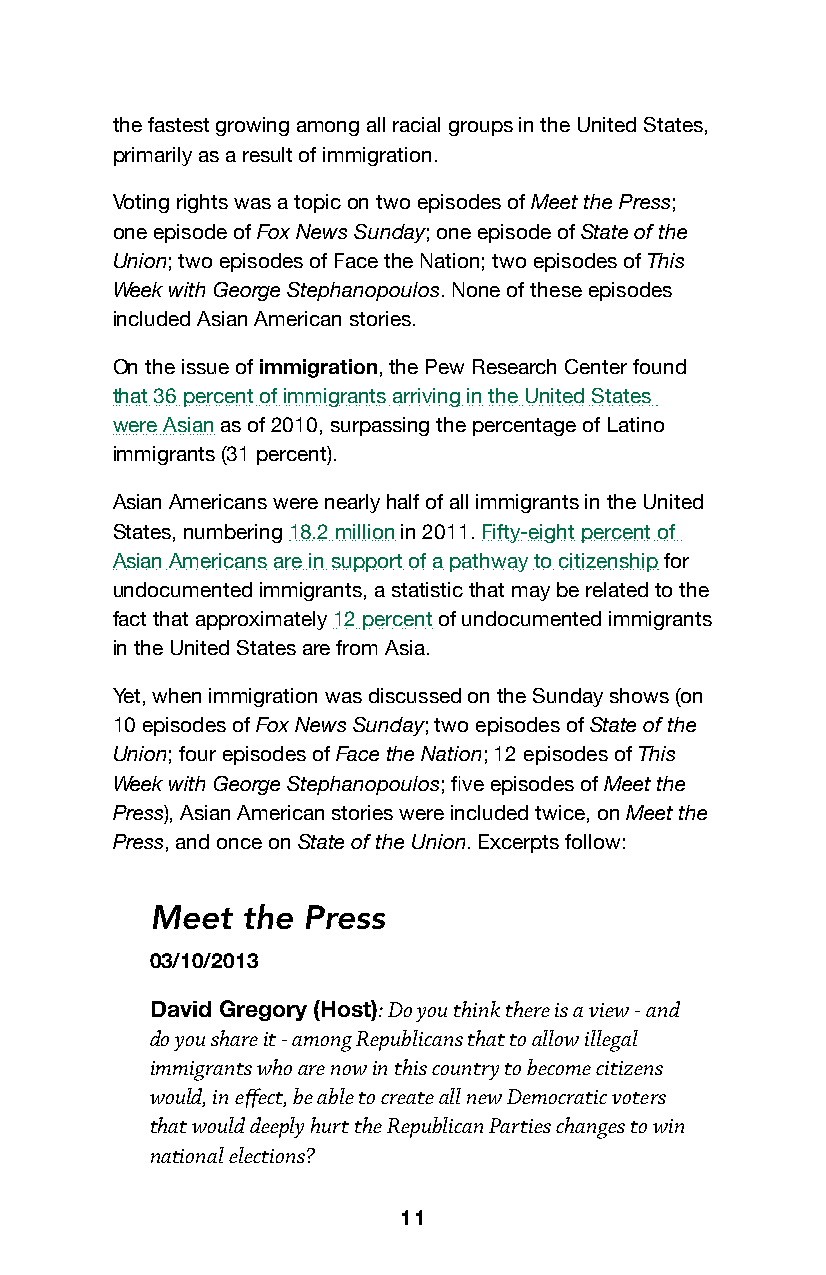
the fastest growing among all racial groups in the United States,
 primarily as a result of immigration.
 Voting rights was a topic on two episodes of Meet the Press;
 one episode of Fox News Sunday; one episode of State of the
 Union; two episodes of Face the Nation; two episodes of This
 Week with George Stephanopoulos. None of these episodes
 included Asian American stories.
 On the issue of immigration, the Pew Research Center found
 that 36 percent of immigrants arriving in the United States
 were Asian as of 2010, surpassing the percentage of Latino
 immigrants (31 percent).
 Asian Americans were nearly half of all immigrants in the United
 States, numbering 18.2 million in 2011. Fifty-eight percent of
 Asian Americans are in support of a pathway to citizenship for
 undocumented immigrants, a statistic that may be related to the
 fact that approximately 12 percent of undocumented immigrants
 in the United States are from Asia.
 Yet, when immigration was discussed on the Sunday shows (on
 10 episodes of Fox News Sunday; two episodes of State of the
 Union; four episodes of Face the Nation; 12 episodes of This
 Week with George Stephanopoulos; five episodes of Meet the
 Press), Asian American stories were included twice, on Meet the
 Press, and once on State of the Union. Excerpts follow:
 Meet  the Press
 03/10/2013
 David Gregory (Host): Do you think there is a view - and
 do you share it - among Republicans that to allow illegal
 immigrants who are now in this country to become citizens
 would, in effect, be able to create all new Democratic voters
 that would deeply hurt the Republican Parties changes to win
 national elections?
 11